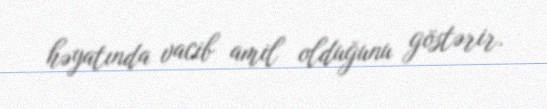
həyatında vacib amil olduğunu göstərir.